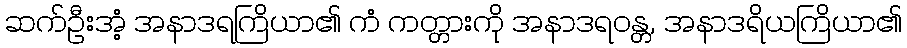
ဆက်ဦးအံ့ အနာဒရကြိယာ၏ ကံ ကတ္တားကို အနာဒရဝန္တ, အနာဒရိယကြိယာ၏